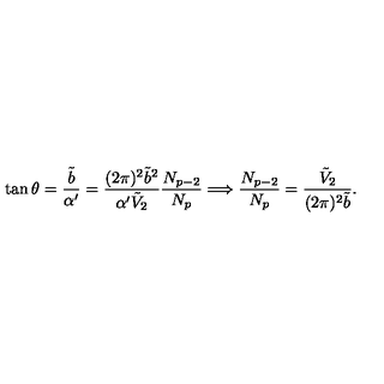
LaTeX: \tan \theta = \frac { \tilde { b } } { \alpha ^ { \prime } } = \frac { ( 2 \pi ) ^ { 2 } \tilde { b } ^ { 2 } } { \alpha ^ { \prime } \tilde { V } _ { 2 } } \frac { N _ { p - 2 } } { N _ { p } } \Longrightarrow \frac { N _ { p - 2 } } { N _ { p } } = \frac { \tilde { V } _ { 2 } } { ( 2 \pi ) ^ { 2 } \tilde { b } } .